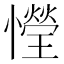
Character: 𢣙